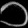
Digit: ၁